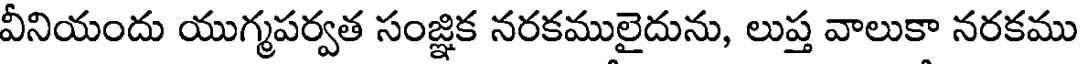
వీనియందు యుగ్మపర్వత సంజ్ఞిక నరకములైదును, లుప్త వాలుకా నరకము